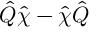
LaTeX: \hat { Q } \hat { \chi } - \hat { \chi } \hat { Q } \,